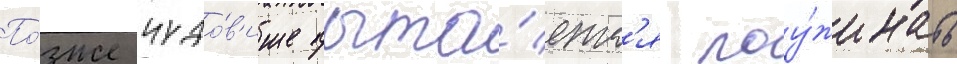
По́зже чудо́в'ище пыта́етс'я поу́жинать